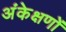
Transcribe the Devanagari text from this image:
अंकेक्षणों